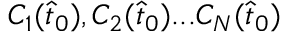
C _ { 1 } ( \hat { t } _ { 0 } ) , C _ { 2 } ( \hat { t } _ { 0 } ) . . . C _ { N } ( \hat { t } _ { 0 } )